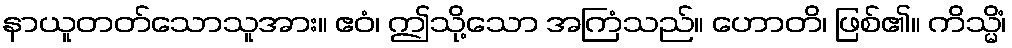
နာယူတတ်သောသူအား။ ဧဝံ၊ ဤသို့သော အကြံသည်။ ဟောတိ၊ ဖြစ်၏။ ကိသ္မိံ၊